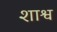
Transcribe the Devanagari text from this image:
शाश्व